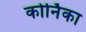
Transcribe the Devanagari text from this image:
कोर्निका